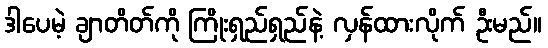
ဒါပေမဲ့ ချာတိတ်ကို ကြိုးရှည်ရှည်နဲ့ လှန်ထားလိုက် ဦးမည်။